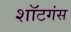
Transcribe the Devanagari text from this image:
शॉटगंस